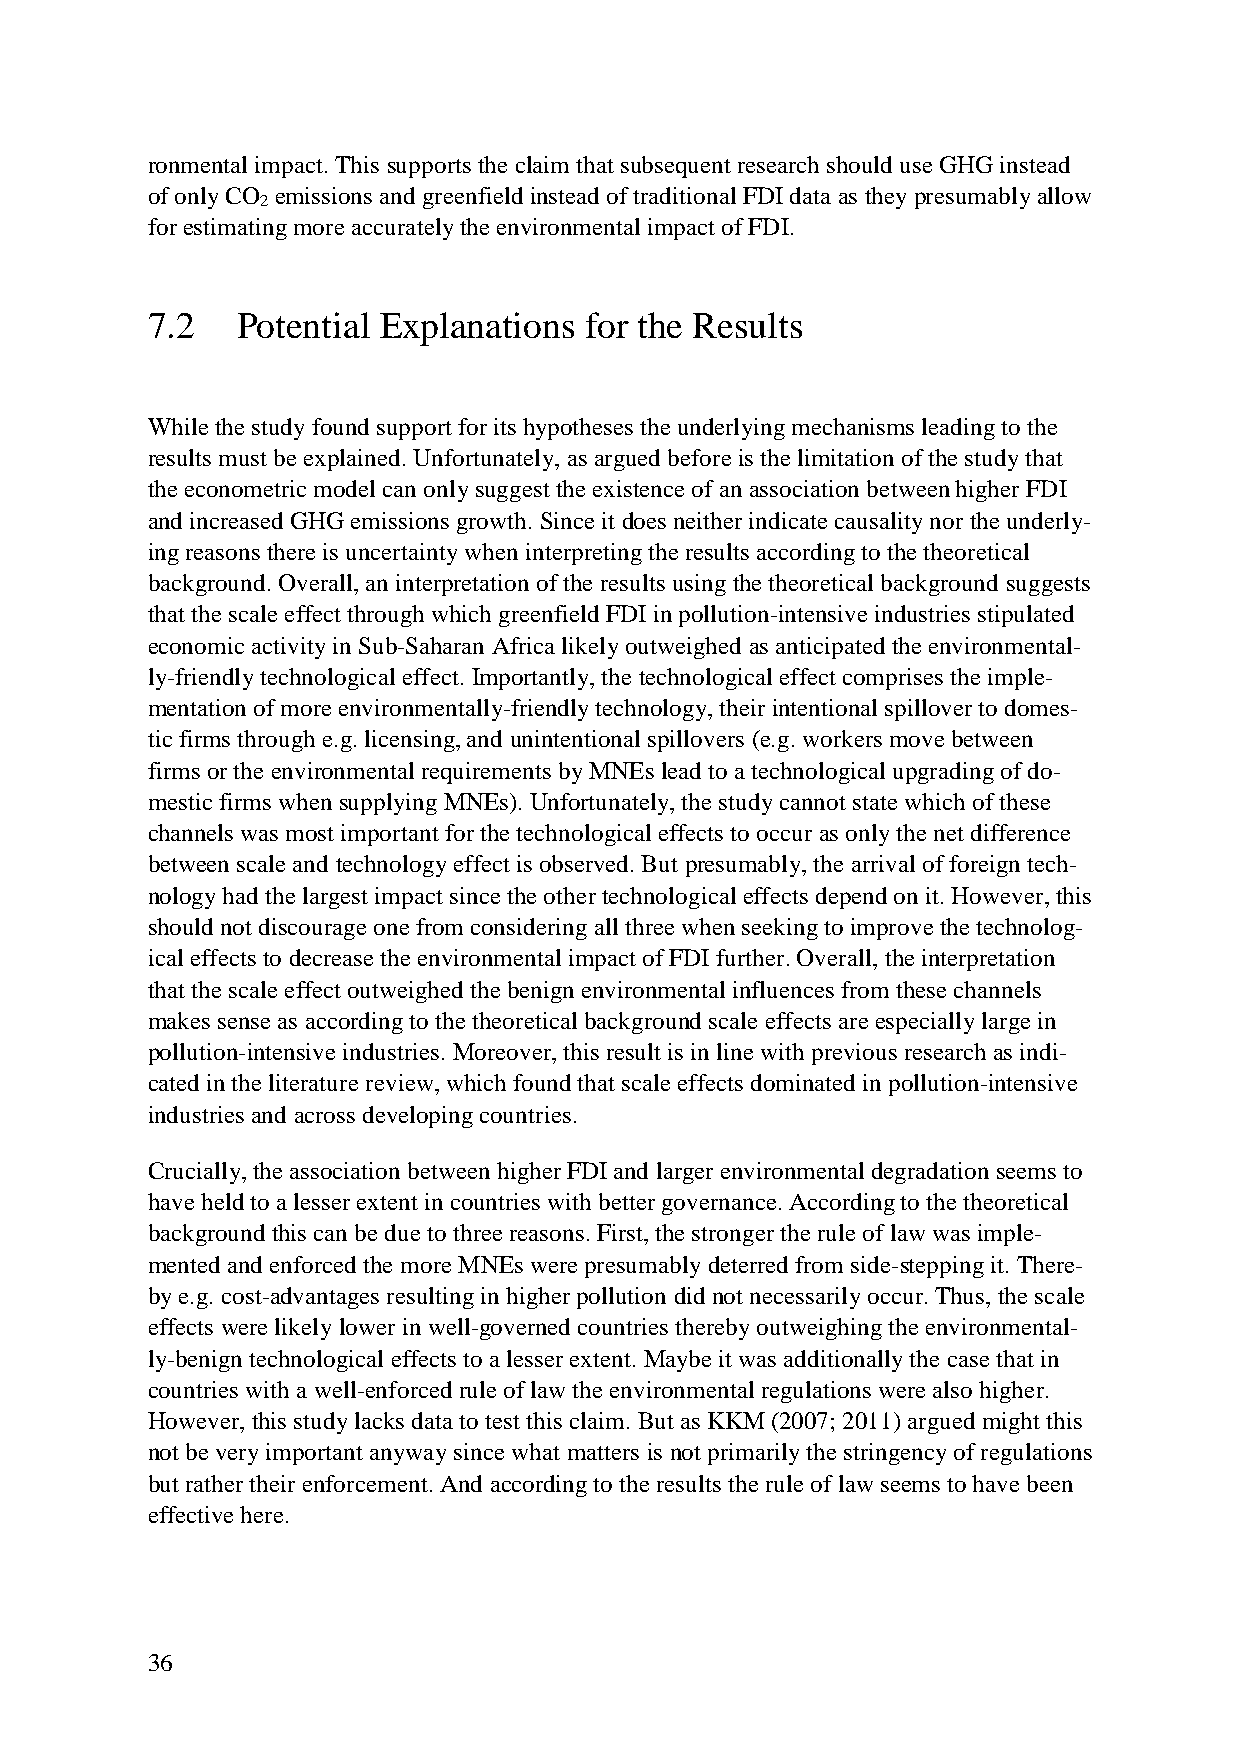
ronmental impact. This supports the claim that subsequent research should use GHG instead
 of only CO emissions and greenfield instead of traditional FDI data as they presumably allow
 2
 for estimating more accurately the environmental impact of FDI.
 7.2   Potential Explanations for the Results
 While the study found support for its hypotheses the underlying mechanisms leading to the
 results must be explained. Unfortunately, as argued before is the limitation of the study that
 the econometric model can only suggest the existence of an association between higher FDI
 and increased GHG emissions growth. Since it does neither indicate causality nor the underly-
 ing reasons there is uncertainty when interpreting the results according to the theoretical
 background. Overall, an interpretation of the results using the theoretical background suggests
 that the scale effect through which greenfield FDI in pollution-intensive industries stipulated
 economic activity in Sub-Saharan Africa likely outweighed as anticipated the environmental-
 ly-friendly technological effect. Importantly, the technological effect comprises the imple-
 mentation of more environmentally-friendly technology, their intentional spillover to domes-
 tic firms through e.g. licensing, and unintentional spillovers (e.g. workers move between
 firms or the environmental requirements by MNEs lead to a technological upgrading of do-
 mestic firms when supplying MNEs). Unfortunately, the study cannot state which of these
 channels was most important for the technological effects to occur as only the net difference
 between scale and technology effect is observed. But presumably, the arrival of foreign tech-
 nology had the largest impact since the other technological effects depend on it. However, this
 should not discourage one from considering all three when seeking to improve the technolog-
 ical effects to decrease the environmental impact of FDI further. Overall, the interpretation
 that the scale effect outweighed the benign environmental influences from these channels
 makes sense as according to the theoretical background scale effects are especially large in
 pollution-intensive industries. Moreover, this result is in line with previous research as indi-
 cated in the literature review, which found that scale effects dominated in pollution-intensive
 industries and across developing countries.
 Crucially, the association between higher FDI and larger environmental degradation seems to
 have held to a lesser extent in countries with better governance. According to the theoretical
 background this can be due to three reasons. First, the stronger the rule of law was imple-
 mented and enforced the more MNEs were presumably deterred from side-stepping it. There-
 by e.g. cost-advantages resulting in higher pollution did not necessarily occur. Thus, the scale
 effects were likely lower in well-governed countries thereby outweighing the environmental-
 ly-benign technological effects to a lesser extent. Maybe it was additionally the case that in
 countries with a well-enforced rule of law the environmental regulations were also higher.
 However, this study lacks data to test this claim. But as KKM (2007; 2011) argued might this
 not be very important anyway since what matters is not primarily the stringency of regulations
 but rather their enforcement. And according to the results the rule of law seems to have been
 effective here.
 36